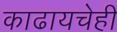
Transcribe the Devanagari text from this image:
काढायचेही